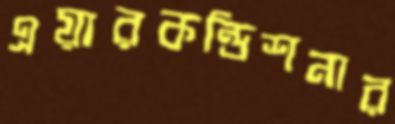
এয়ারকন্ডিশনার